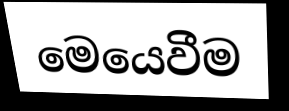
මෙයෙවීම